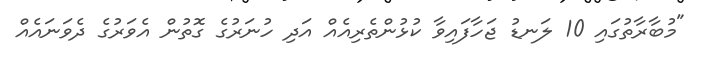
"މުބާރާތުގައި 10 ލަނޑު ޖަހާފައިވާ ކުޅުންތެރިއެއް އަދި ހުނަރުގެ ގޮތުން އެވަރުގެ ދެވަނައެއް